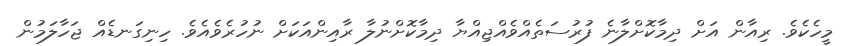
މީހެކެވެ. ރިއާން އަށް ދިމާކޮށްލާނެ ފުރުސަތެއްވެއްޖިއްޔާ ދިމާކޮށްނުލާ ރާއިންއަކަށް ނުހުރެވެއެވެ. ހިނިގަނޑެއް ޖަހާލަމުން